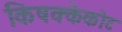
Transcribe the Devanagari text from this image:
किषक्केकोट